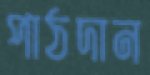
পাঠদান